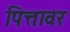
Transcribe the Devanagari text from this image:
पित्तावर